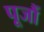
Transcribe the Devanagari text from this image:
पूजौं